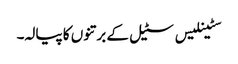
سٹینلیس سٹیل کے برتنوں کا پیالہ۔